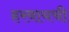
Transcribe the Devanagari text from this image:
हरवायची